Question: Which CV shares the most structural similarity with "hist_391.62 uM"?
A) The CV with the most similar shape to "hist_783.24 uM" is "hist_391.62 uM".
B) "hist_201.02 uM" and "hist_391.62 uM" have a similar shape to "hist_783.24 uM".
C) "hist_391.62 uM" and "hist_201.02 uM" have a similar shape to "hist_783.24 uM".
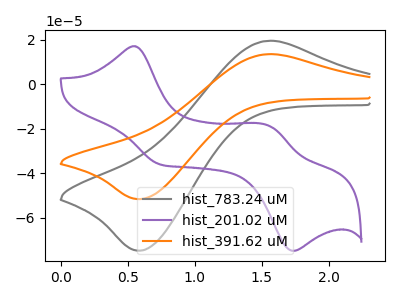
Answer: <think>The gray curve "hist_783.24 uM" has an anodic peak at (1.55V, 19.35uA) and a cathodic peak at (0.60V, -74.75uA). The purple curve "hist_201.02 uM" has anodic peaks at (0.55V, 17.00uA) (1.55V, -18.80uA) and cathodic peaks at (0.75V, -36.10uA) (1.70V, -74.85uA). The orange curve "hist_391.62 uM" has an anodic peak at (1.55V, 13.35uA) and a cathodic peak at (0.60V, -51.65uA).
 "hist_783.24 uM" and "hist_201.02 uM" have a different number of peaks. All the peaks in "hist_783.24 uM" have a peak in "hist_391.62 uM" at the same potential. Every peak in "hist_783.24 uM" is higher than every peak in "hist_391.62 uM". "hist_201.02 uM" and "hist_391.62 uM" have a different number of peaks.</think>
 <answer>A) The CV with the most similar shape to "hist_783.24 uM" is "hist_391.62 uM".</answer>
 <eval>A</eval>